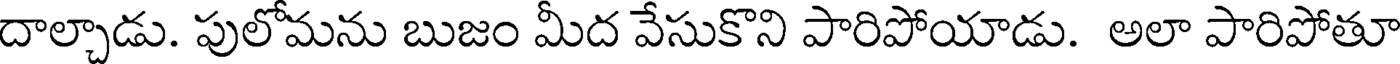
దాల్చాడు. పులోమను బుజం మీద వేసుకొని పారిపోయాడు. అలా పారిపోతూ